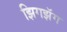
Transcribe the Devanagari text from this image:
झिगझॅग